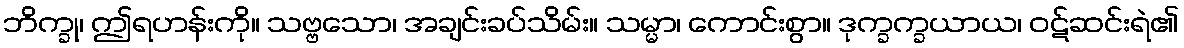
ဘိက္ခု၊ ဤရဟန်းကို။ သဗ္ဗသော၊ အချင်းခပ်သိမ်း။ သမ္မာ၊ ကောင်းစွာ။ ဒုက္ခက္ခယာယ၊ ဝဋ်ဆင်းရဲ၏